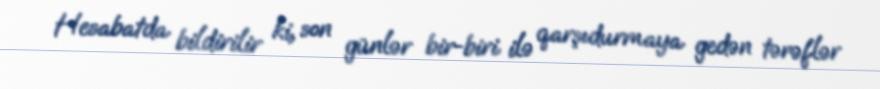
Hesabatda bildirilir ki, son günlər bir-biri ilə qarşıdurmaya gedən tərəflər